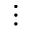
\vdots